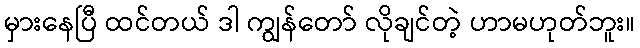
မှားနေပြီ ထင်တယ် ဒါ ကျွန်တော် လိုချင်တဲ့ ဟာမဟုတ်ဘူး။